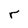
Character: r